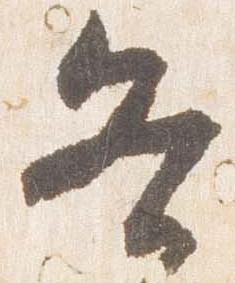
各